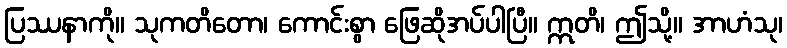
ပြဿနာကို။ သုကတိတော၊ ကောင်းစွာ ဖြေဆိုအပ်ပါပြီ။ ဣတိ၊ ဤသို့။ အာဟံသု၊